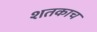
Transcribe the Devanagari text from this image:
शतकाच